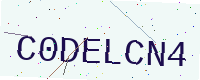
Text: C0DELCN4